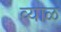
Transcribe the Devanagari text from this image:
व्याळ